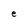
Character: e